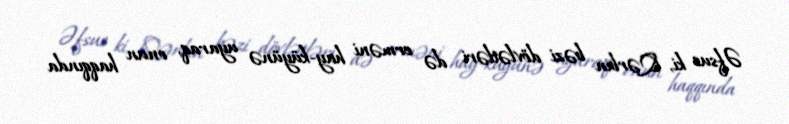
Əfsus ki, Qərbin bəzi dövlətləri də erməni hay-küyünə uyaraq, onun haqqında